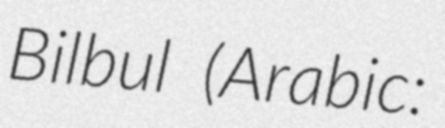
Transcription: Bilbul (Arabic: